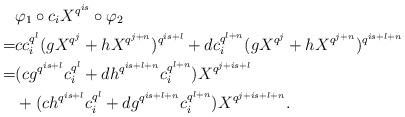
LaTeX: \begin{align*} &\varphi_1 \circ c_iX^{q^{is}} \circ \varphi_2\\ =&cc_i^{q^l}(gX^{q^j} + hX^{q^{j+n}})^{q^{is+l}} + dc_i^{q^{l+n}}(gX^{q^j} + hX^{q^{j+n}})^{q^{is+l+n}}\\=& (cg^{q^{is+l}} c_i^{q^l} + dh^{q^{is+l+n}}c_i^{q^{l+n}})X^{q^{j+is+l}} \\& + (ch^{q^{is+l}} c_i^{q^l} + dg^{q^{is+l+n}}c_i^{q^{l+n}}) X^{q^{j+is+l+n}}. \end{align*}